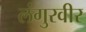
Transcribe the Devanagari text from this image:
लंगुरवीर